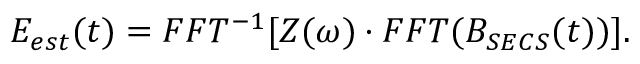
E _ { e s t } ( t ) = F F T ^ { - 1 } [ Z ( \omega ) \cdot F F T ( B _ { S E C S } ( t ) ) ] .